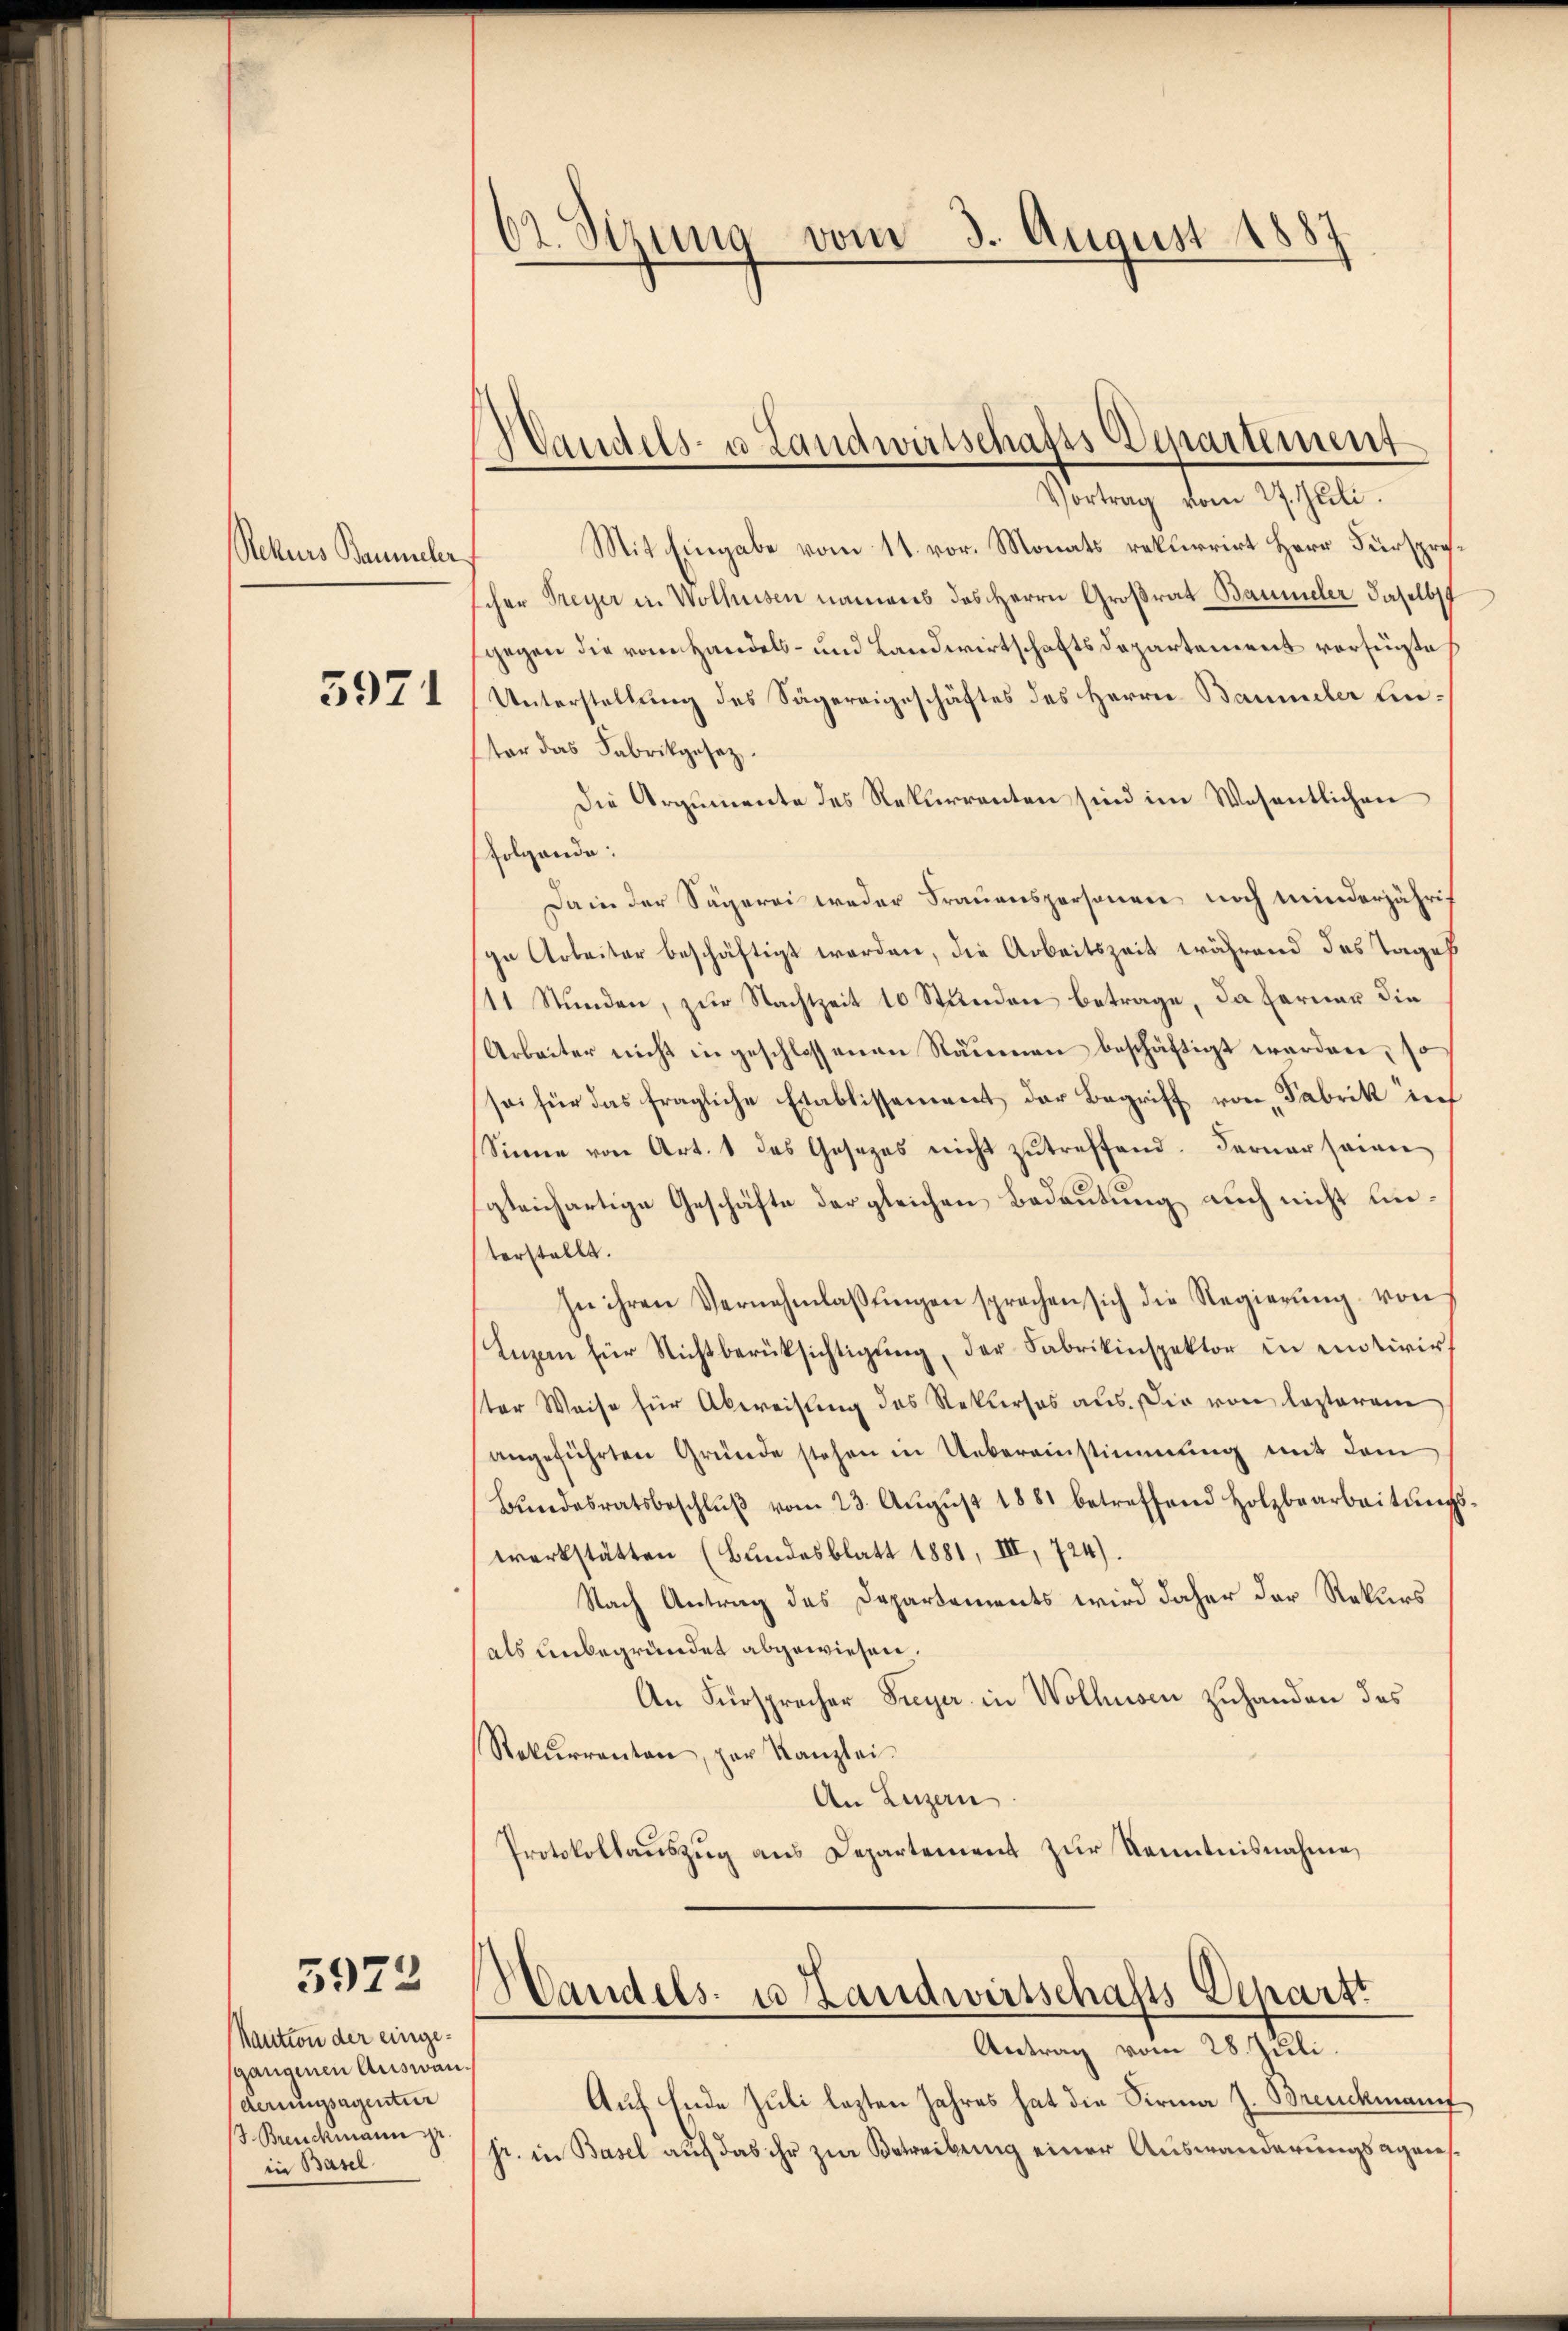
Rekurs Baumeler
5971

5972

Kaution der eingesgangenen Auswanderungsagentur
/3. Breuckmann pr.
in Basel

62. Sizung vom 3. August 1887

Handels- u Landwirtschafts Departement
Vortrag vom 27. Juli.

Mit Eingabe vom 11. vor. Monats rekurrirt Herr Fürsprocher Freyer in Wolhusen namens das Herrn Großrat Baumeler daselbst
gegen die vom Handels- und Landwirtschaftsdepartement verfügte
Unterstellung des Sägereigeschäftes des Herrn Baumeler Einter das Fabrikgesez
Die Argumente des Rekurrenten sind im Wesentlichen
folgende:
Dain der Sägerei weder Frauenspersonen noch minderjährig
ge Arbeiter beschäftigt worden, die Arbeitszeit während das Tages
11 Stunden, zur Nachtzeit 10 Stunden betrage, da ferner die
Arbeiter nicht in geschlossenen Räumen beschäftigt werden, so
sei für das fragliche Etablissement der Begriff von „Fabrik rief
Sinne von Art. 1 das Gesezes nicht zutreffend. Ferner seinen
sgleichartige Geschäfte der gleichen Bedeutung auch nicht unterstellt.
In ihren Vernehmlassŭngen sprechen sich die Regierung von
Inzan für Nichtberüksichtigung, der Fabrikinspektor in entivirt
ter Weise für Abweisung des Rekurses aus. Die von lezterem
angeführten Gründe stehen in Uebereinstimmung mit dem
Bŭndesratsbeschlŭβ vom 23. Aŭgŭst 1881 betreffend Holzbearbeitŭngs-
werkstätten (Bundesblatt 1881, III, 724).
Nach Antrag des Departements wird daher der Rekurs
als unbegründet abgewiesen.
An Fürsprecher Freyer in Wolhusen zuhanden des
Rekŭrrenten, par Kanzlei.
An Luzern
Protokollauszug aus Departement zur Kenntnisnahme,

Handels- u Landwirtschafts Depart
Antrag vom 28. Juli.

Auf Ende Juli lezten Jahres hat die Sirma J. Brauckmann
jr. in Basel auf das ihr zur Betreibung einer Auswanderungsagens¬